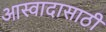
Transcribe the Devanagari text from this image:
आस्वादासाठी